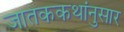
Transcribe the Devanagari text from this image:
जातककथांनुसार